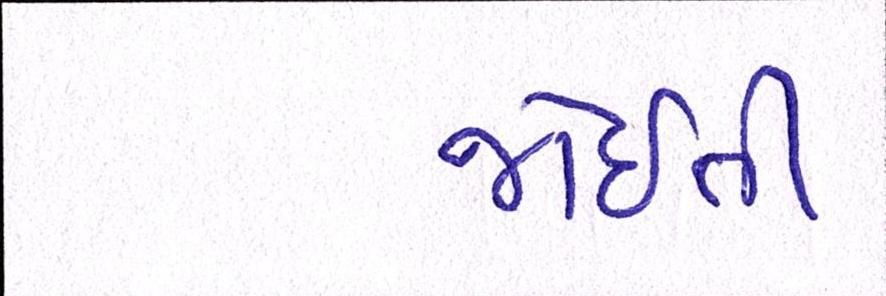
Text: જોઈતી